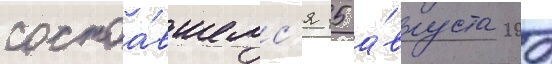
состоа́вшемс'я 15 а́вгуста 2007